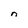
Character: n